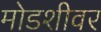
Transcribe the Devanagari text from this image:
मोडशीवर